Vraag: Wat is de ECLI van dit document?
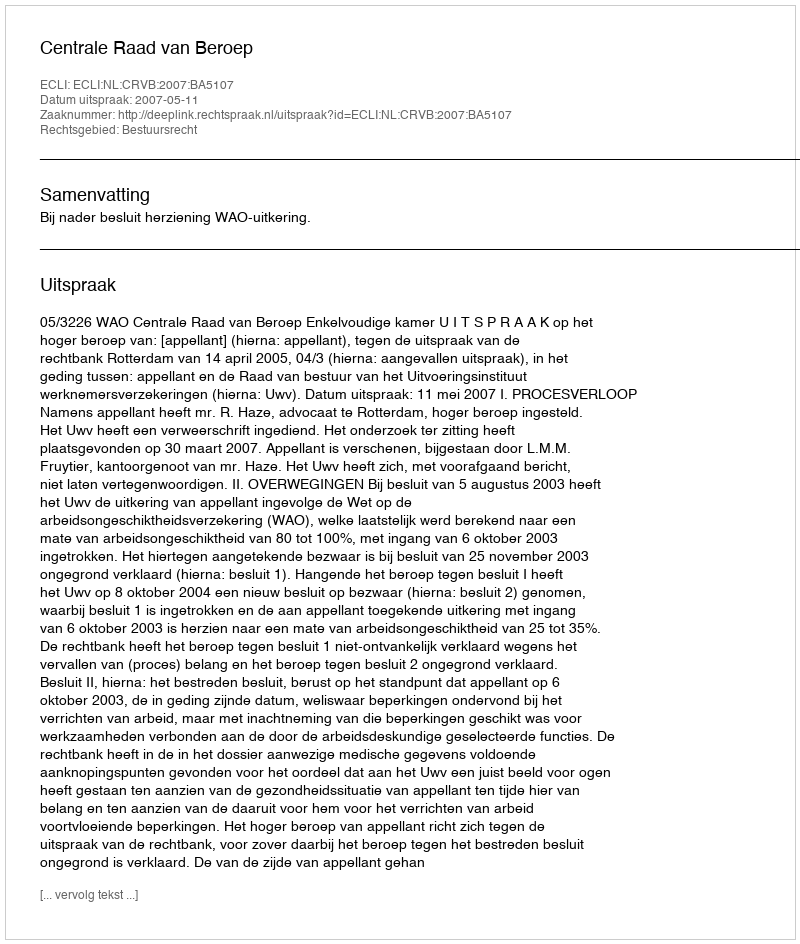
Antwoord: ECLI:NL:CRVB:2007:BA5107